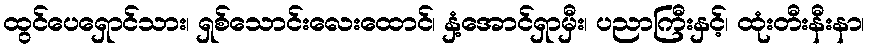
ထွင်ပေရှောင်သား၊ ရှစ်သောင်းလေးထောင်၊ နှံ့အောင်ရှာမှီး၊ ပညာကြီးနှင့်၊ ထုံးတီးနီးနာ၊